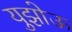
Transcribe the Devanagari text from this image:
युझोऊ